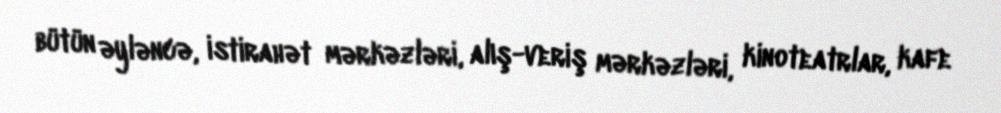
bütün əyləncə, istirahət mərkəzləri, alış-veriş mərkəzləri, kinoteatrlar, kafe